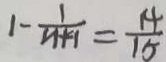
1 - \frac { 1 } { n + 1 } = \frac { 1 4 } { 1 5 }